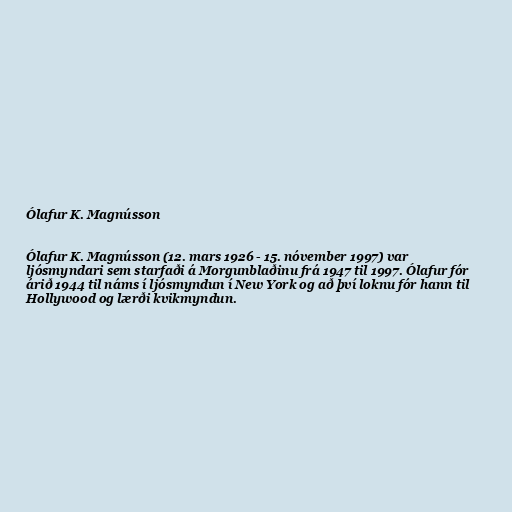
Ólafur K. Magnússon

Ólafur K. Magnússon (12. mars 1926 - 15. nóvember 1997) var
ljósmyndari sem starfaði á Morgunblaðinu frá 1947 til 1997. Ólafur fór
árið 1944 til náms í ljósmyndun í New York og að því loknu fór hann til
Hollywood og lærði kvikmyndun.